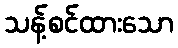
သန့်စင်ထားသော